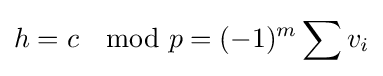
h=c\mod p=(-1)^{m}\sum v_{i}